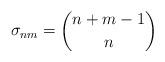
LaTeX: \begin{align*}\sigma_{nm} = {n+m-1 \choose n} \end{align*}